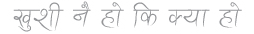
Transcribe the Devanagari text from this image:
खुशी नै हो कि क्या हो